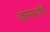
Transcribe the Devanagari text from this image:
कंसाराति